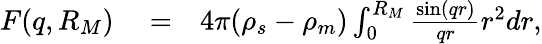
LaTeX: \begin{array}{rlr}{F(q,R_{M})}&{{}=}&{4\pi(\rho_{s}-\rho_{m})\int_{0}^{R_{M}}\frac{\sin(qr)}{qr}r^{2}dr,}\end{array}